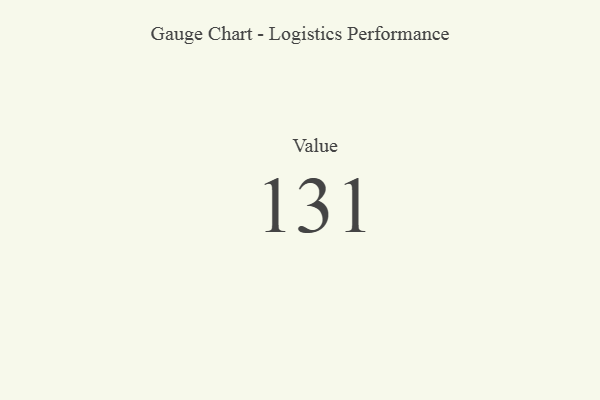
{"axis": {"x": "Metric", "y": "Value"}, "legend": [""], "data": [{"x": "Value", "y": 131, "type": ""}]}